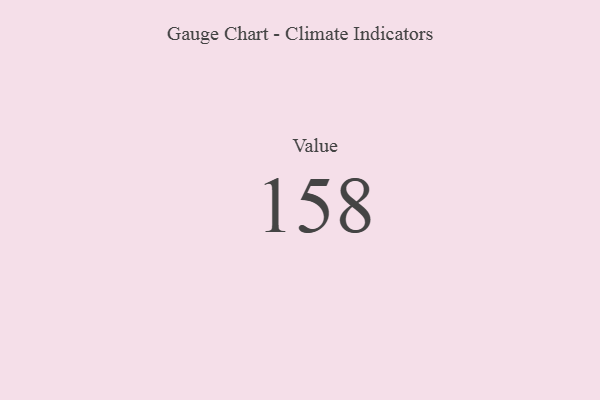
{"axis": {"x": "Metric", "y": "Value"}, "legend": [""], "data": [{"x": "Value", "y": 158, "type": ""}]}